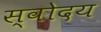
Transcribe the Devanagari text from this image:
स्वोदय